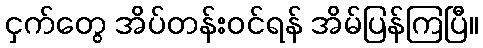
ငှက်တွေ အိပ်တန်းဝင်ရန် အိမ်ပြန်ကြပြီ။